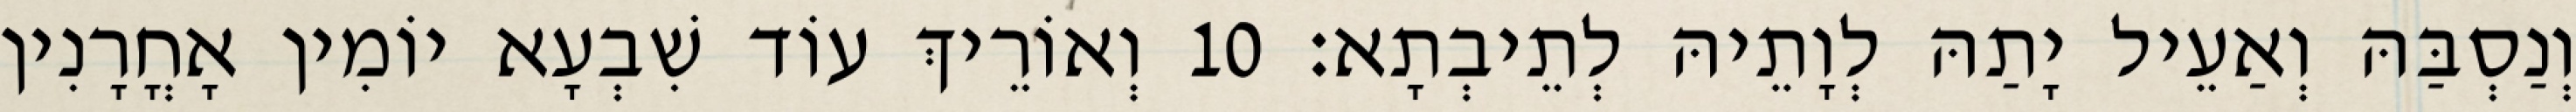
וְנַסְבַּהּ וְאַעֵיל יָתַהּ לְוָתֵיהּ לְתֵיבְתָא׃ 10 וְאוֹרֵיךְ עוֹד שִׁבְעָא יוֹמִין אָחֳרָנִין